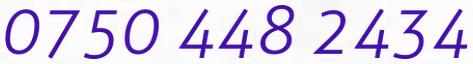
0750 448 2434